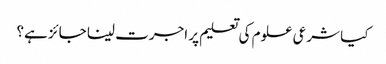
کیا شرعی علوم کی تعلیم پر اجرت لینا جائز ہے؟